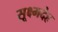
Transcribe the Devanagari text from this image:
सूक्ष्मदेह